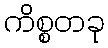
ကိစ္စတခု